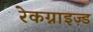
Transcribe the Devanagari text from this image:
रेकग्नाइज़्ड